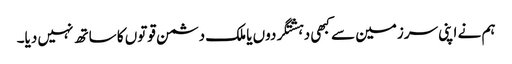
ہم نے اپنی سرزمین سے کبھی دہشتگردوں یا ملک دشمن قوتوں کا ساتھ نہیں دیا۔